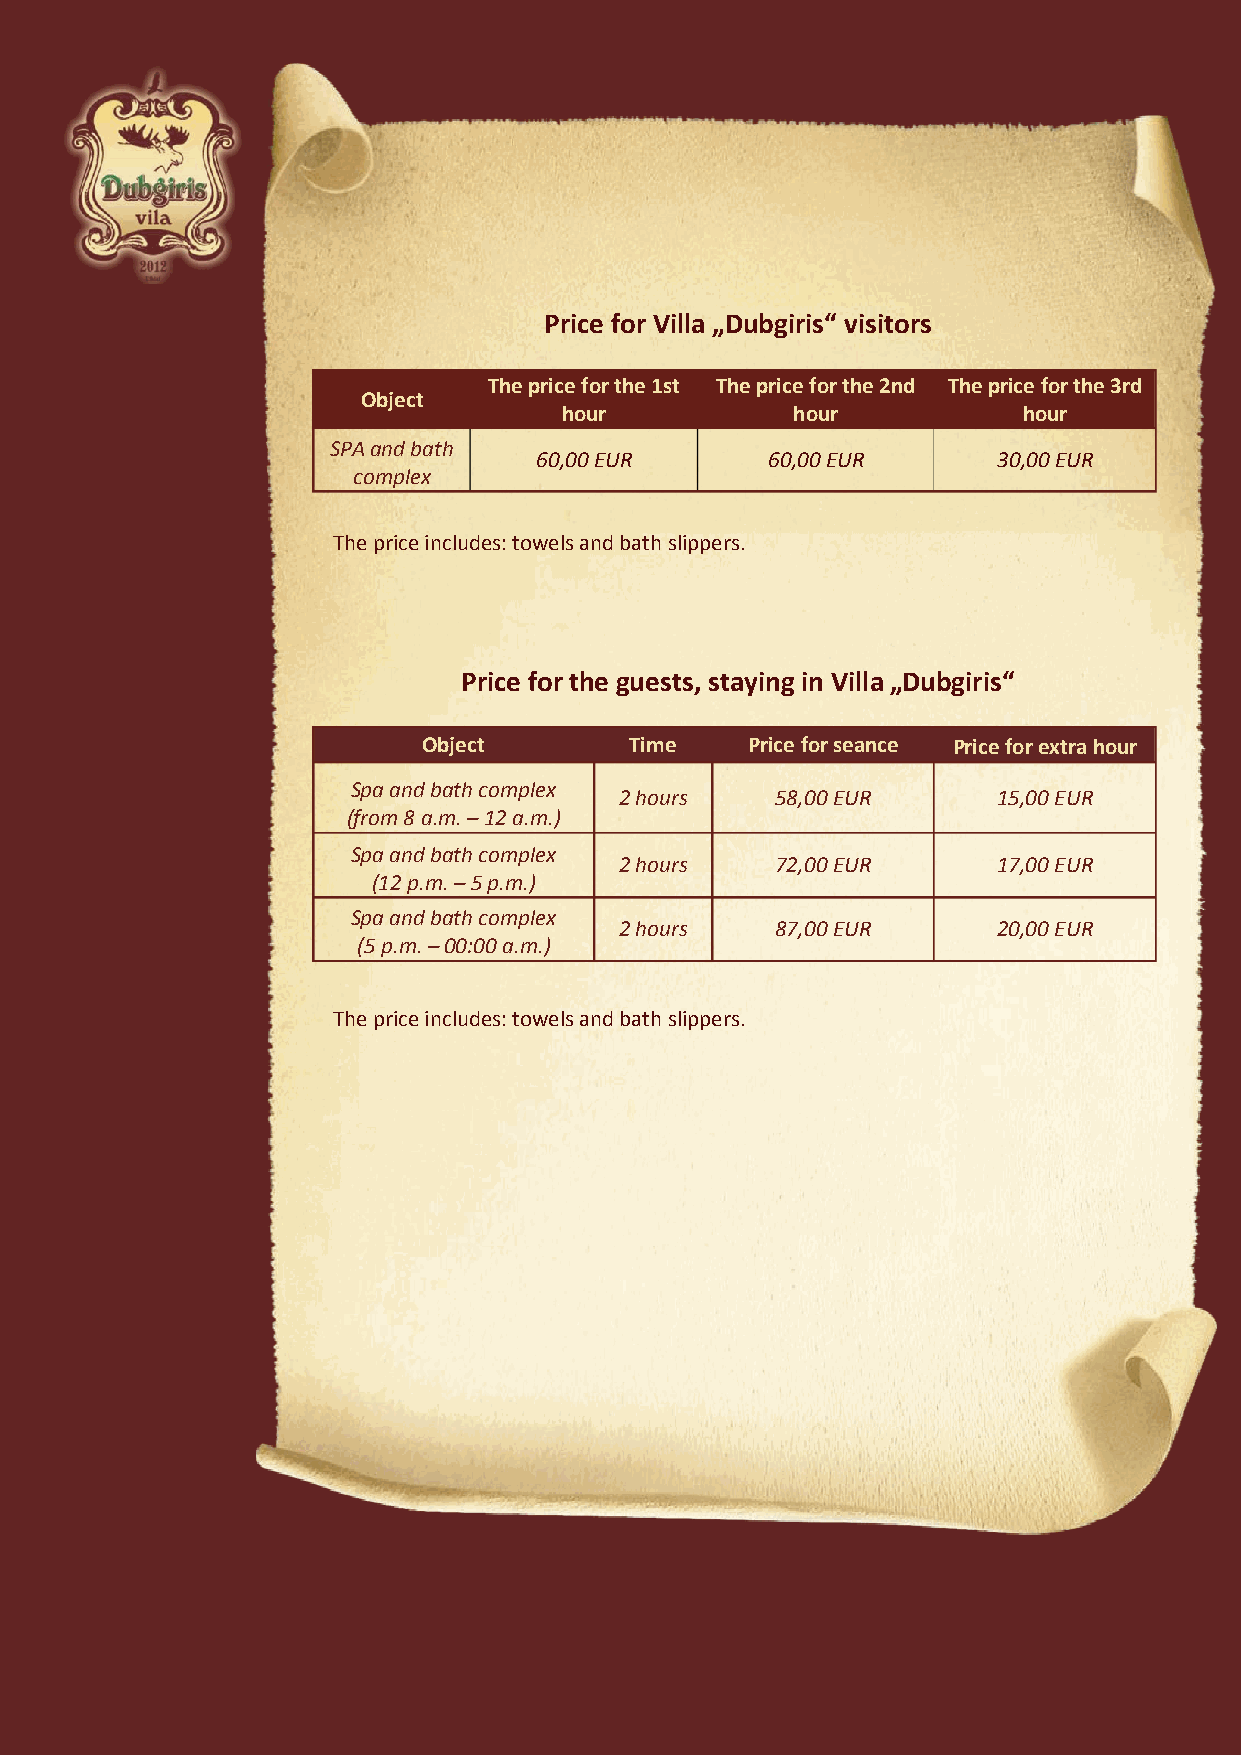
Price for Villa „Dubgiris“ visitor s
 The price f or the 1st The price f or the 2nd The pric e for the 3r d
 Object
 hour           hour            hour
 SPA and bath 60,00 EURS ODYBOS SVEČ60IA,0M0 SE UR 30,00 EUR
 complex
 The p rice include s: towels and bath slipp ers .
 Price for the guests, staying in Villa „Dubgiris“
 Object        Time   Price for seance P rice for extra hour
 Spa and bath complex VIEŠBUČIO GYVENTOJAMS
 2 hours   58,00 EUR      15,00 EUR
 (from 8 a.m. – 12 a.m.)
 Spa and bath complex
 2 hours   72,00 EUR      17,00 EUR
 (12 p.m. – 5 p.m.)
 Spa and bath complex
 2 hours   87,00 EUR      20,00 EUR
 (5 p.m. – 00:00 a.m.)
 The price includes: towels and bath slippers.